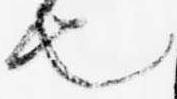
也